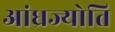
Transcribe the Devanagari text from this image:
आंध्रज्योति